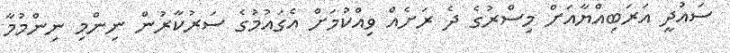
ސައުދީ އަރަބިއްޔާއަށް މިސްރުގެ ދެ ރަށެއް ވިއްކުމަށް އެގައުމުގެ ސަރުކާރުން ނިންމި ނިންމުމާ